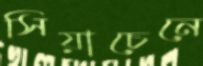
সিয়াচেনে